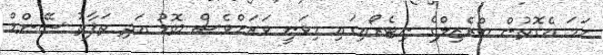
ހަމަ އެގޮތުން ބްރެޒިލްގެ ނިޓެރޯއިގައި މިވަނީ ވަރަށްވެސް ބޮޑު އަދި ތަފާތު ސޭންޑް